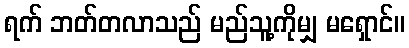
ရက် ဘတ်တလာသည် မည်သူ့ကိုမျှ မရှောင်။